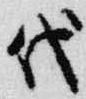
代